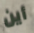
أين